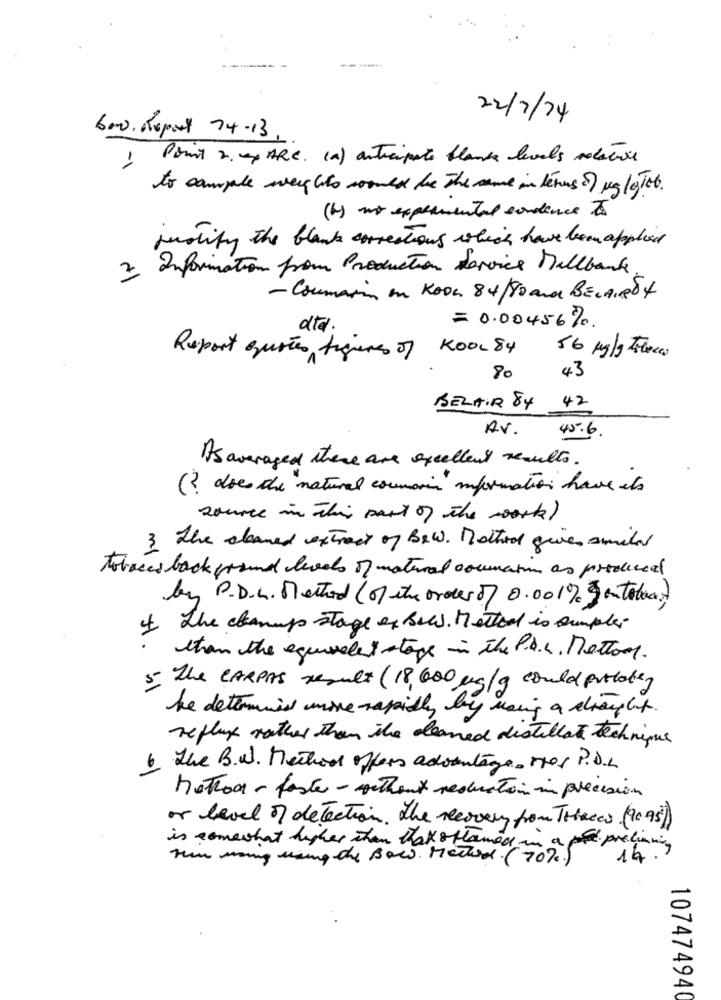
22/7/24
bow. Report 74-13.
1
Point 2. ap ARC. (a) anticipate blance levels relatives
to cample weights would be The same in termsof ugly Tob.
(b) no experimental sondence to
justify the blank corrections which have been applied
3 Information pour Production services Millbank
- Coumarin en Koon 84/0 and BELAIROf
= 0.00456%.
dtd .
KOOL 84
Report quotes figures of
56 mg/g Force:
80
43
42
BELAIR 84
AV.
45.6
As averaged there are excellent results.
( does de natural cormorin information have ets
source in the past of the work)
3. The cleaned extract of Bew. Method gives smiled
Tobacco back ground levels of material correction as produced
by P.D.h. Method (0) the order of 0.001% getotea)
1 The champ stage of Bees. Metteol is simple
than the equivalent stage in the P.A.s. Mettons.
5. The CARPAS result (18,600 mg/g could probably
be determined more rapidly by using a stray lit.
reflux rather than the cleaned distillate technique
6 the B.W. Method offers advantages MOS P.D.L.
Motion- faster- without reduction in precision
or level of detection. the recovery from Thecas (9095)
is somewhat higher than that oflamed in a part. prodimming
Hum ming using the Bow. Medan ( 70%)
14
107474940